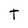
Character: t